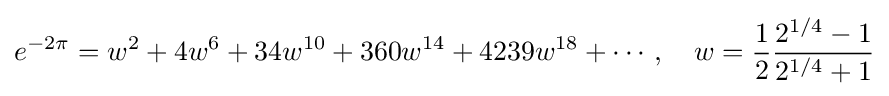
e^{-2\pi }=w^{2}+4w^{6}+34w^{10}+360w^{14}+4239w^{18}+\cdots ,\quad w={\dfrac {1}{2}}{\dfrac {2^{1/4}-1}{2^{1/4}+1}}